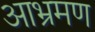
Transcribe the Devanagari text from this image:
आभ्रमण